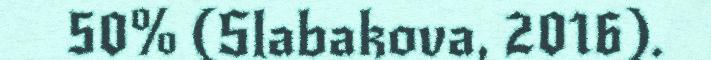
50% (Slabakova, 2016).